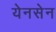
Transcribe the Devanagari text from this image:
येनसेन